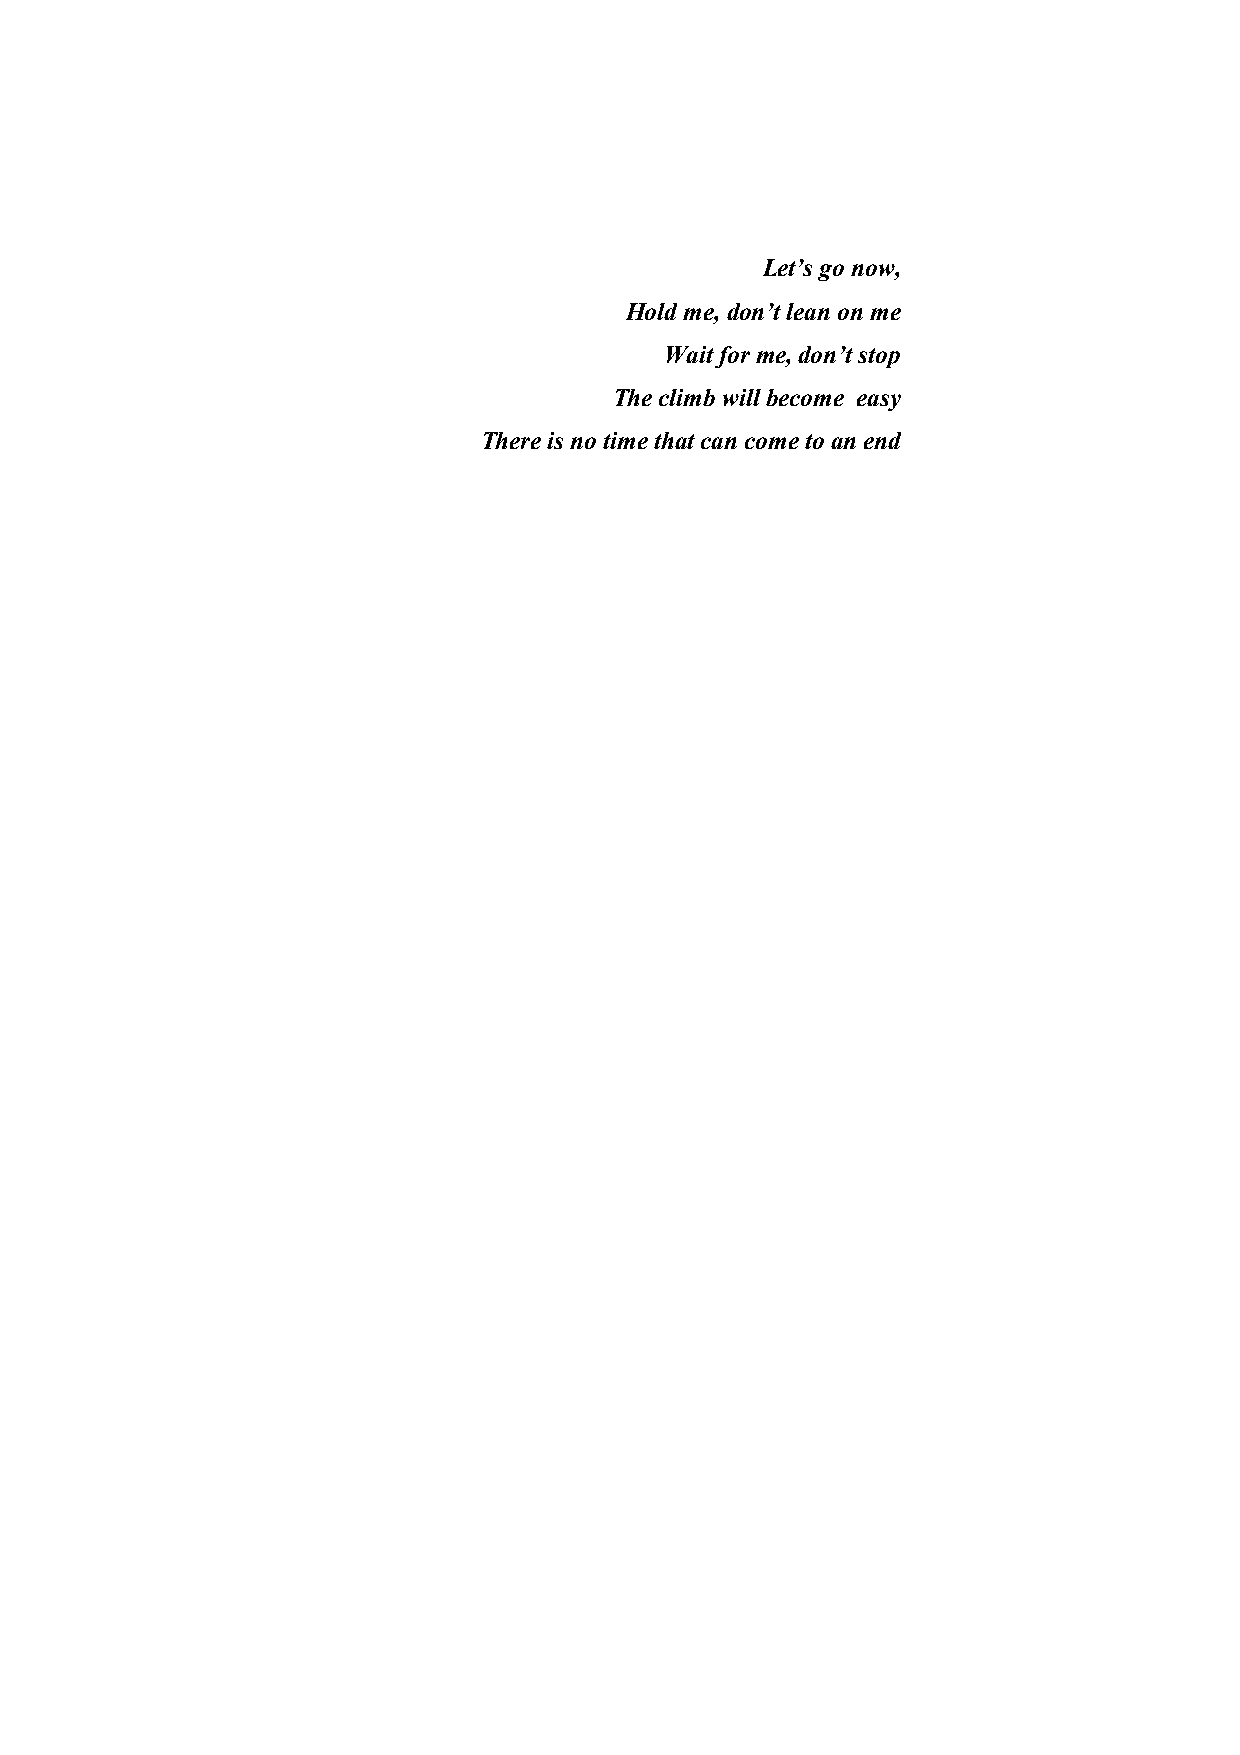
Let’s go now,
 Hold me, don’t lean on me
 Wait for me, don’t stop
 The climb will become easy
 There is no time that can come to an end